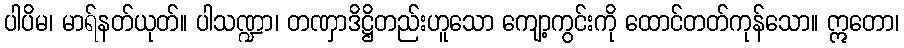
ပါပိမ၊ မာရ်နတ်ယုတ်။ ပါသဏ္ဍာ၊ တဏှာဒိဋ္ဌိတည်းဟူသော ကျော့ကွင်းကို ထောင်တတ်ကုန်သော။ ဣတော၊